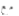
مع